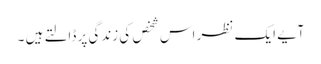
آٗیے ایک نظر اس شخص کی زندگی پر ڈالتے ہیں ۔